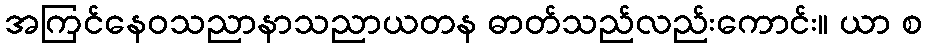
အကြင်နေဝသညာနာသညာယတန ဓာတ်သည်လည်းကောင်း။ ယာ စ